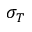
\sigma _ { T }